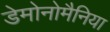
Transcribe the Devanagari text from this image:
डेमोनोमैनिया